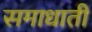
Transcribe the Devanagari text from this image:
समाधाती